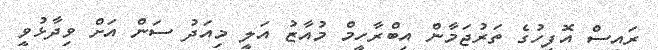
ރައީސް އޮފީހުގެ ތަރުޖަމާން އިބްރާހީމް މުއާޒު އަލީ މިއަދު ސަން އަށް ވިދާޅުވީ